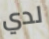
لدي